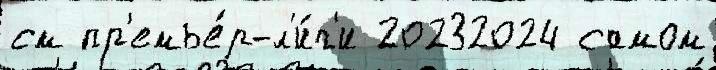
см пр'емье́р-л'и́г'и 20232024 самом